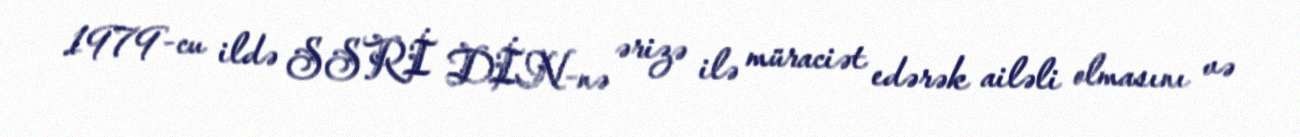
1979-cu ildə SSRİ DİN-nə ərizə ilə müraciət edərək ailəli olmasını və